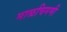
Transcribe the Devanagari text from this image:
माळचिमणी